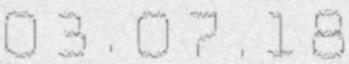
03.07.18